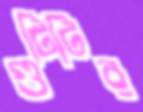
গুটিটির